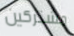
مشتركين